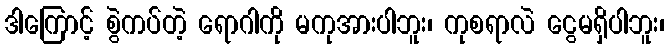
ဒါကြောင့် စွဲကပ်တဲ့ ရောဂါကို မကုအားပါဘူး၊ ကုစရာလဲ ငွေမရှိပါဘူး၊